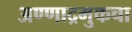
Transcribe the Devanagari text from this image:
अण्णाद्रमुकचा